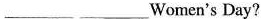
___ ___Women's Day?